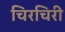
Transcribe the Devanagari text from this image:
चिरचिरी